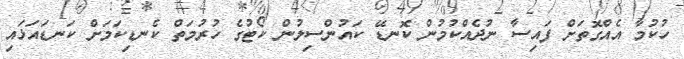
ހުކުމާ އެއްގޮތަށް ފައިސާ ނުދެއްކުމުން ކޮނޑޭ ކައުންސިލުން ކޯޓުގެ ހުރުމަތް ކެނޑިކަމަށް ކަނޑައަޅައި